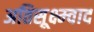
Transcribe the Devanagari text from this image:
अतिसूक्ष्म्वाद